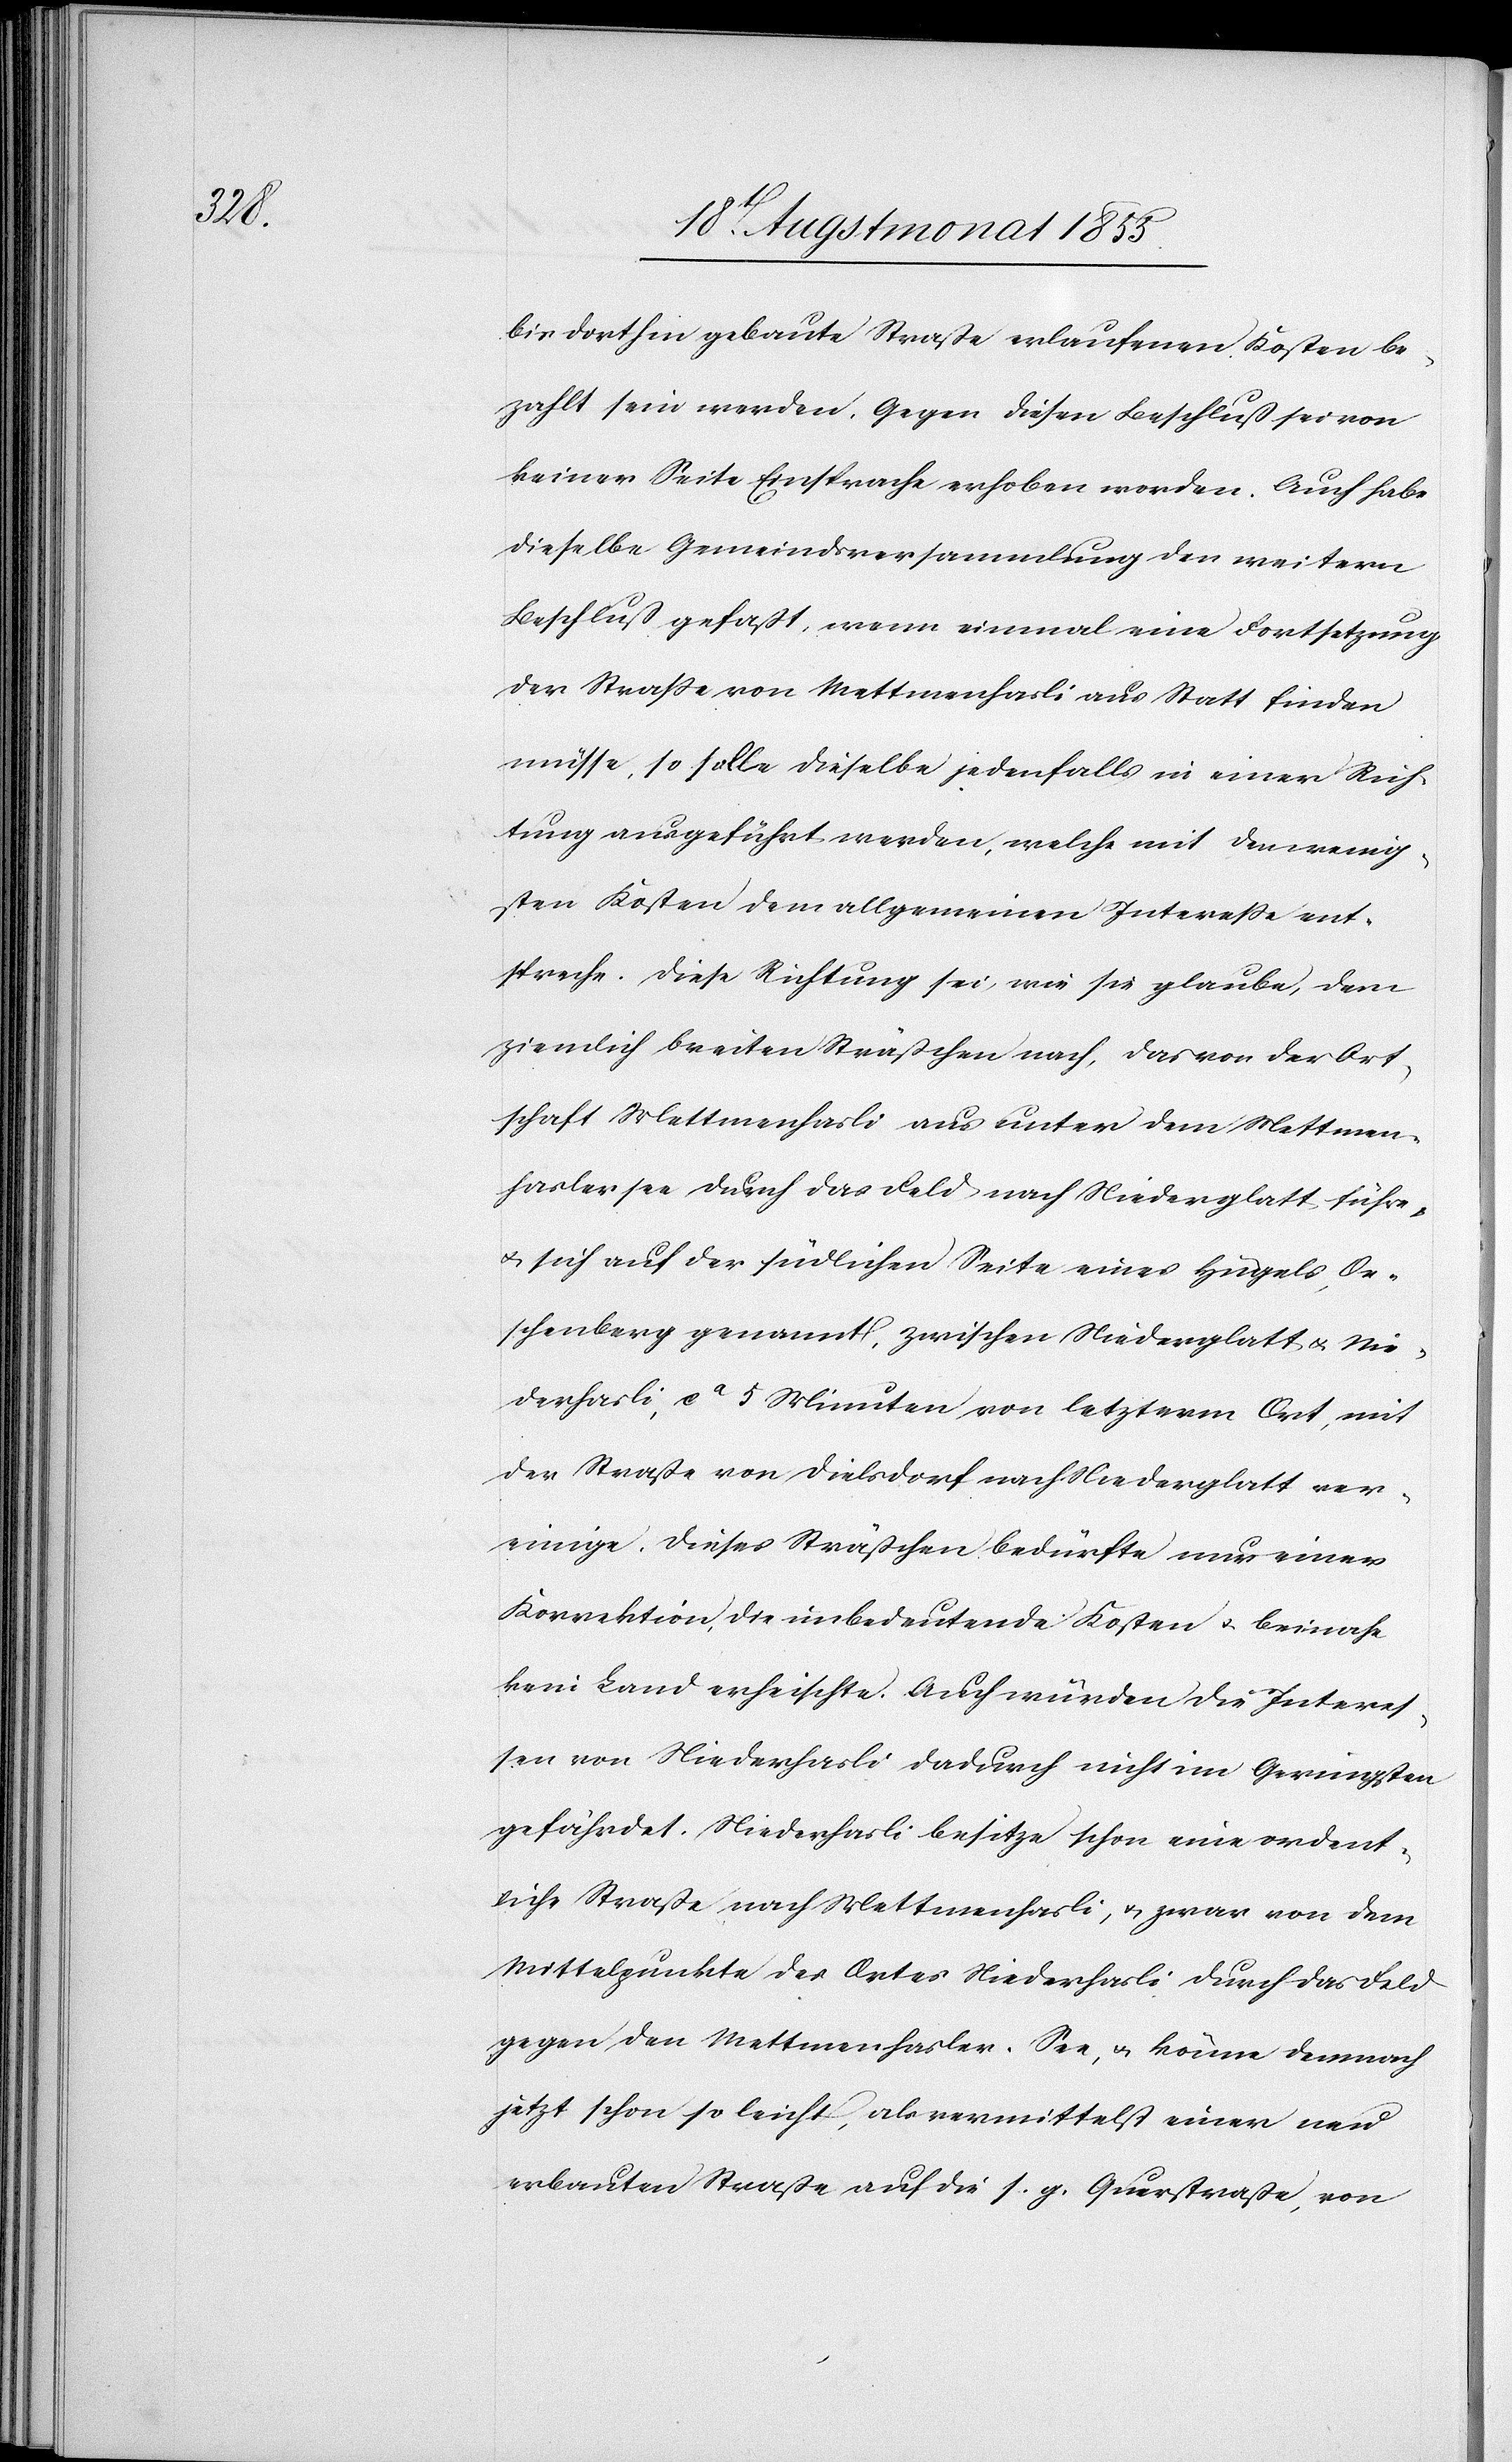
bis dorthin gebaute Straße erlaufenen Kosten be¬
zahlt sein werden. Gegen diesen Beschluß sei von
keiner Seite Einsprache erhoben worden. Auch habe
dieselbe Gemeindsversammlung den weitern
Beschluß gefaßt, wenn einmal eine Fortsetzung
der Straße von Mettmenhasli aus Statt finden
müsse, so solle dieselbe jedenfalls in einer Rich¬
tung ausgeführt werden, welche mit den wenig¬
sten Kosten dem allgemeinen Intereße ent¬
spreche. Diese Richtung sei, wie sie glaube, dem
ziemlich breiten Sträßchen nach, das von der Ort¬
schaft Mettmenhasli aus unter dem Mettmen¬
haslersee durch das Feld nach Niederglatt führe,
& sich auf der südlichen Seite eines Hügels, Oe¬
schenberg genannt, zwischen Niederglatt & Nie¬
derhasli, ca 5 Minuten von letzterm Ort, mit
der Straße von Dielsdorf nach Niederglatt ver¬
einige. Dieses Sträßchen bedürfe nur einer
Korrektion, die unbedeutende Kosten & beinahe
kein Land erheischte. Auch würden die Interes¬
sen von Niederhasli dadurch nicht im Geringsten
gefährdet. Niederhasli besitze schon eine ordent¬
liche Straße nach Mettmenhasli, & zwar von dem
Mittelpunkte des Ortes Niederhasli durch das Feld
gegen den Mettmenhasler-See, & könne demnach
jetzt schon so leicht, als vermittelst einer neu
erbauten Straße auf die s. g. Querstraße, von